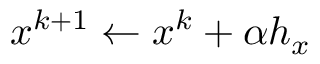
x ^ { k + 1 } \leftarrow x ^ { k } + \alpha h _ { x }